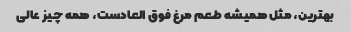
بهترین، مثل همیشه طعم مرغ فوق العادست، همه چیز عالی